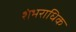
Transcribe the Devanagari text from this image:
शंभराधिक